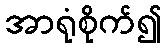
အာရုံစိုက်၍